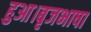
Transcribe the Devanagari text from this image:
हुआ।बृजभाषा